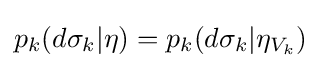
p_{k}(d\sigma _{k}|\eta )=p_{k}(d\sigma _{k}|\eta _{V_{k}})